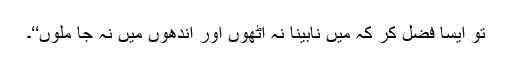
تُو ایسا فضل کر کہ مَیں نابینا نہ اٹھوں اور اندھوں میں نہ جا ملوں‘‘۔